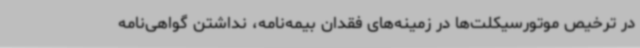
در ترخیص موتورسیکلت‌ها در زمینه‌های فقدان بیمه‌نامه، نداشتن گواهی‌نامه